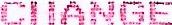
CHANGE